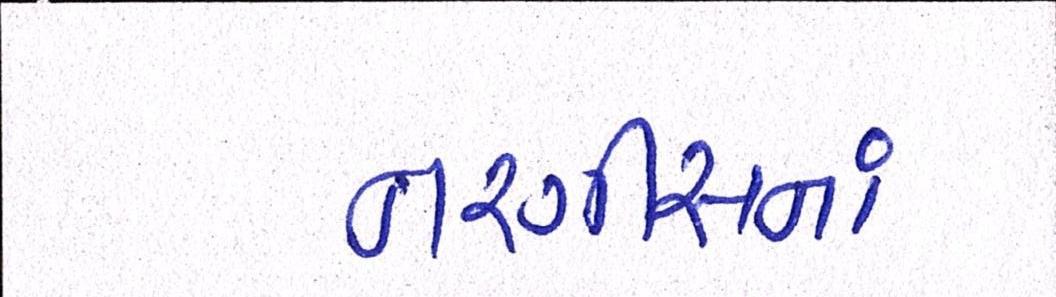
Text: નરગીસનાં